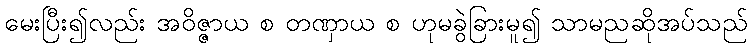
မေးပြီး၍လည်း အဝိဇ္ဇာယ စ တဏှာယ စ ဟုမခွဲခြားမူ၍ သာမညဆိုအပ်သည်